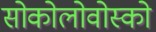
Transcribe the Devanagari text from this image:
सोकोलोवोस्को